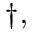
^ { \dagger , }